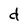
Character: d